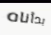
بدأناه